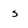
Character: 5